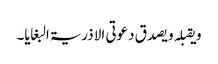
و یقبلہ و یصدق دعوتی الا ذریۃ البغایا۔